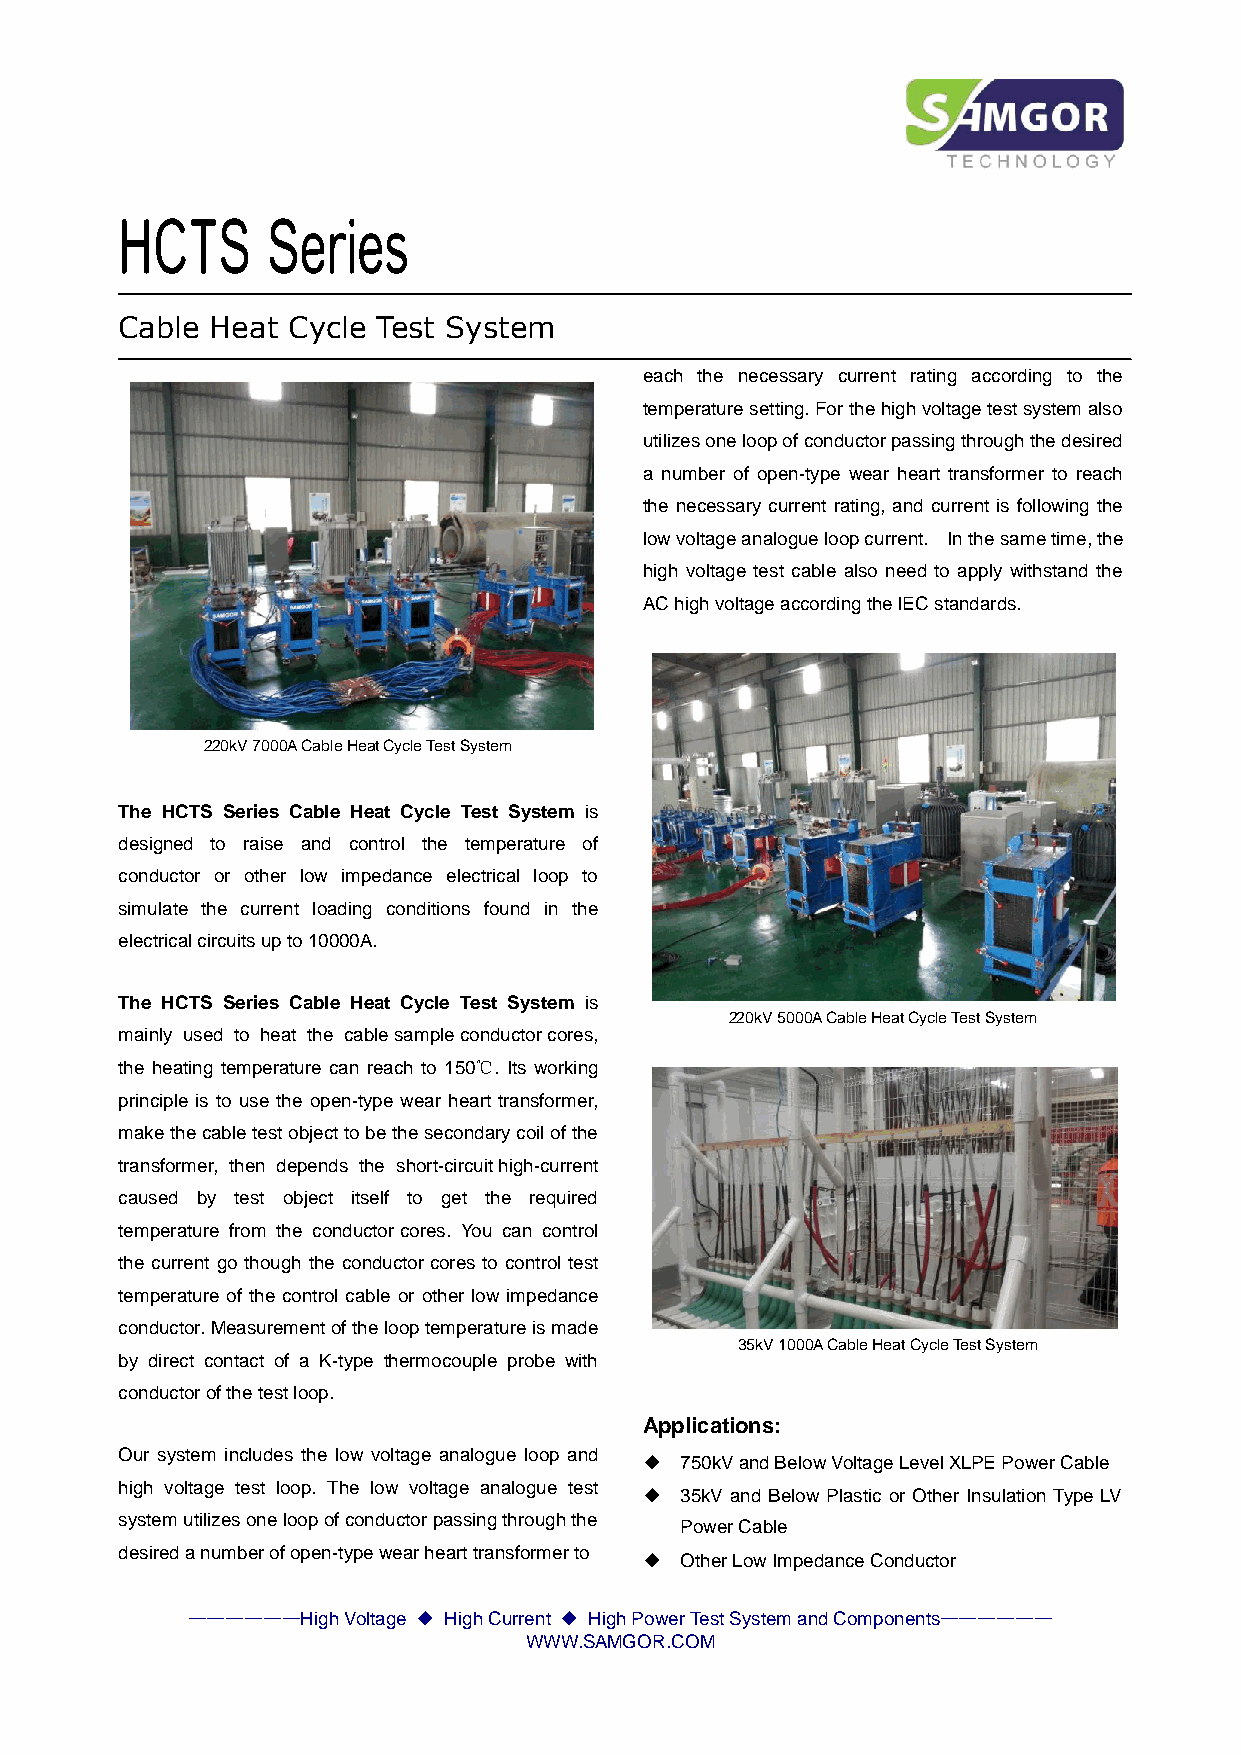
HCTS      Series
 T
 Cable Heat Cycle Test System
 each the necessary current rating according to the
 temperature setting. For the high voltage test system also
 utilizes one loop of conductor passing through the desired
 a number of open-type wear heart transformer to reach
 the necessary current rating, and current is following the
 low voltage analogue loop current. In the same time, the
 high voltage test cable also need to apply withstand the
 AC high voltage according the IEC standards.
 220kV 7000A Cable Heat Cycle Test System
 The HCTS Series Cable Heat Cycle Test System is
 designed to raise and control the temperature of
 conductor or other low impedance electrical loop to
 simulate the current loading conditions found in the
 electrical circuits up to 10000A.
 The HCTS Series Cable Heat Cycle Test System is
 220kV 5000A Cable Heat Cycle Test System
 mainly used to heat the cable sample conductor cores,
 the heating temperature can reach to 150℃. Its working
 principle is to use the open-type wear heart transformer,
 make the cable test object to be the secondary coil of the
 transformer, then depends the short-circuit high-current
 caused by test object itself to get the required
 temperature from the conductor cores. You can control
 the current go though the conductor cores to control test
 temperature of the control cable or other low impedance
 conductor. Measurement of the loop temperature is made
 35kV 1000A Cable Heat Cycle Test System
 by direct contact of a K-type thermocouple probe with
 conductor of the test loop.
 Applications:
 Our system includes the low voltage analogue loop and
 ◆ 750kV and Below Voltage Level XLPE Power Cable
 high voltage test loop. The low voltage analogue test
 ◆ 35kV and Below Plastic or Other Insulation Type LV
 system utilizes one loop of conductor passing through the
 Power Cable
 desired a number of open-type wear heart transformer to
 ◆ Other Low Impedance Conductor
 ——————High Voltage ◆ High Current ◆ High Power Test System and Components——————
 WWW.SAMGOR.COM